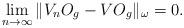
LaTeX: \begin{align*} \lim\limits_{n\rightarrow\infty} \|V_nO_{g}-VO_{g}\|_{\omega}=0. \end{align*}